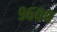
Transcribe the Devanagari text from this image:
९६००